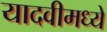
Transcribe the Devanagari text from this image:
यादवीमध्ये